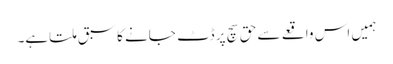
ہمیں اس واقعے سے حق سچ پر ڈٹ جانے کا سبق ملتاہے۔